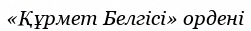
«Құрмет Белгісі» ордені